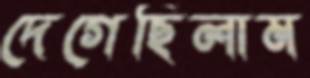
দেগেছিলাম